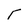
Character: T